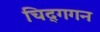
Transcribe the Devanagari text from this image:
चिद्‌गगन